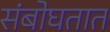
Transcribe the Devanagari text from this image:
संबोघतात